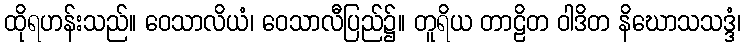
ထိုရဟန်းသည်။ ဝေသာလိယံ၊ ဝေသာလီပြည်၌။ တူရိယ တာဠိတ ဝါဒိတ နိဃောသသဒ္ဒံ၊